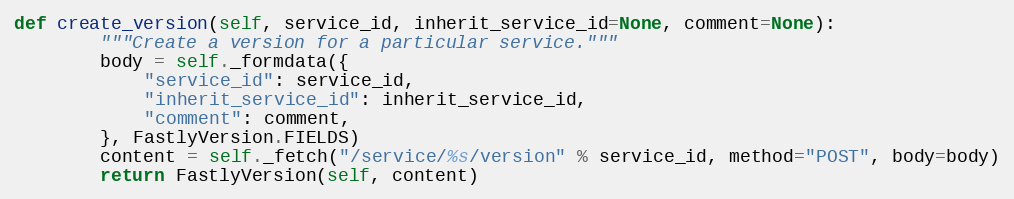
Language: Python
def create_version(self, service_id, inherit_service_id=None, comment=None):
		"""Create a version for a particular service."""
		body = self._formdata({
			"service_id": service_id,
			"inherit_service_id": inherit_service_id,
			"comment": comment,
		}, FastlyVersion.FIELDS)
		content = self._fetch("/service/%s/version" % service_id, method="POST", body=body)
		return FastlyVersion(self, content)